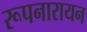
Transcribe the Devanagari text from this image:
रूपनारायन